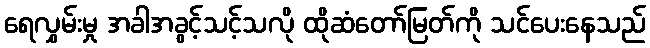
ရေလွှမ်းမှု အခါအခွင့်သင့်သလို ထိုဆံတော်မြတ်ကို သင်ပေးနေသည်